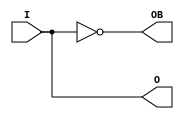
/*Differential output buffer primitive
 *
 * 
 */

module OBUFDS (/*AUTOARG*/
   // Outputs
   O, OB,
   // Inputs
   I
   );

    parameter CAPACITANCE = "DONT_CARE";
    parameter IOSTANDARD = "DEFAULT";
    parameter SLEW = "SLOW";
    
   input  I;    
   output O, OB;


   assign O  = I;
   assign OB = ~I;

endmodule // OBUFDS